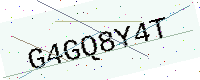
Text: G4GQ8Y4T